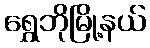
ရွှေဘိုမြို့နယ်